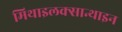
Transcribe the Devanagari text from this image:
मिथाइलक्सान्थाइन